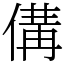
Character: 傋